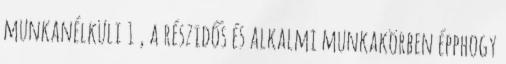
munkanélküli 1 , a részidős és alkalmi munkakörben épphogy